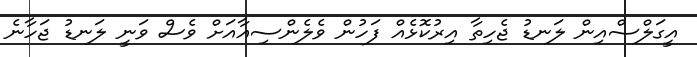
އީގަލްސްއިން ލަނޑު ޖެހިތާ އިރުކޮޅެއް ފަހުން ވެލެންސިއާއަށް ވެސް ވަނީ ލަނޑު ޖަހާނެ